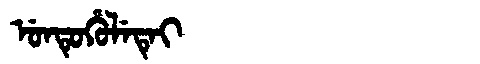
Manchu: ᡠᠨᡨᡠᡥᡠᠯᡝᡨᡝᡳ
Romanization: UNTUHULETEI